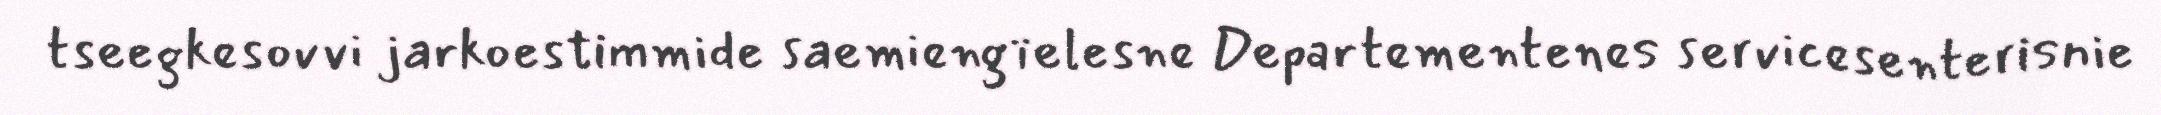
tseegkesovvi jarkoestimmide saemiengïelesne Departementenes servicesenterisnie